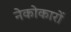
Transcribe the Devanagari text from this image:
नेकोकारों